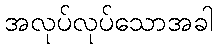
အလုပ်လုပ်သောအခါ